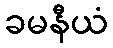
ခမနီယံ